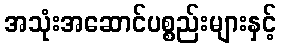
အသုံးအဆောင်ပစ္စည်းများနှင့်